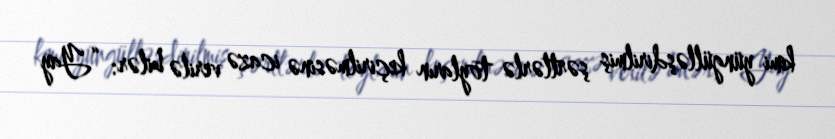
kimi yüngülləşdirilmiş şərtlərlə toyların keçirilməsinə icazə verilə bilər: “Yay